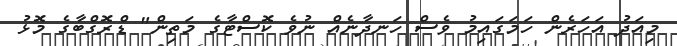
މިއަދު އަހަރެން ހަމަގައިމު ވެސް ހަނދާނެއް ނުވެ ކޮސްޓާގެ މަތިން" ޑްރޮގްބާގެ މޮޅު